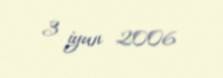
3 iyun 2006